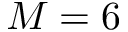
M = 6